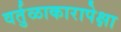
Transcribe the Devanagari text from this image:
वर्तुळाकारापेक्षा